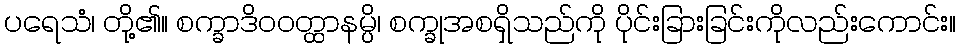
ပရေသံ၊ တို့၏။ စက္ခာဒိဝဝတ္ထာနမ္ပိ၊ စက္ခုအစရှိသည်ကို ပိုင်းခြားခြင်းကိုလည်းကောင်း။